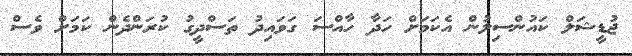
ޖުޑީޝަލް ކައުންސިލުން އެކަމަށް ހަދާ ހާއްސަ ގަވައިދު ތަސްދީގު ކުރަންދެން ކަމަށް ވެސް